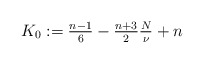
\begin{align*} \textstyle K_{0}:= \frac{n-1}{6}-\frac{n+3}{2}\frac{N}{\nu}+n\end{align*}